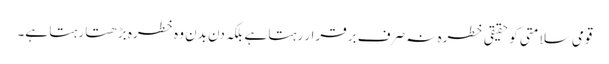
قومی سلامتی کو حقیقی خطرہ نہ صرف برقرار رہتا ہے بلکہ دن بدن وہ خطرہ بڑھتا رہتا ہے۔